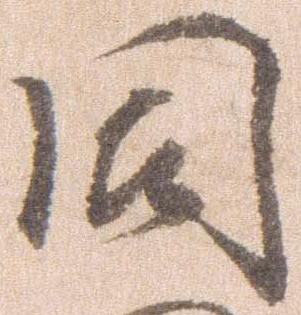
同